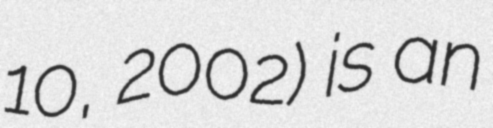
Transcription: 10, 2002) is an